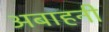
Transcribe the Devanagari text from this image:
अबाहनी